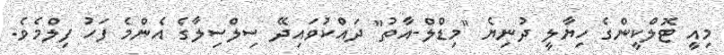
މިއީ ޓޮލްކީންގެ ހިޔާލީ ދުނިޔެ "މިޑްލް-އާތު" ދައްކުވައިދޭ ސިލްސިލާގެ އެންމެ ފަހު ފިލްމެވެ.